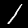
Label: 1